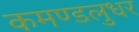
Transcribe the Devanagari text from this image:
कमण्डलुधर